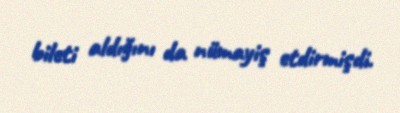
bileti aldığını da nümayiş etdirmişdi.